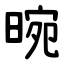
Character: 晼